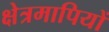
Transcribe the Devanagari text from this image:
क्षेत्रमापियों